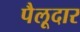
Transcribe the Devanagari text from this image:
पैलूदार